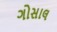
ગોસાલ